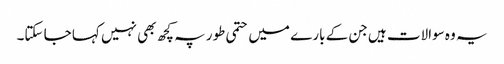
یہ وہ سوالات ہیں جن کے بارے میں حتمی طور پہ کچھ بھی نہیں کہا جا سکتا۔